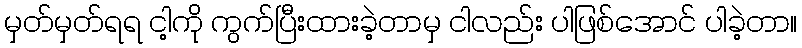
မှတ်မှတ်ရရ ငါ့ကို ကွက်ပြီးထားခဲ့တာမှ ငါလည်း ပါဖြစ်အောင် ပါခဲ့တာ။